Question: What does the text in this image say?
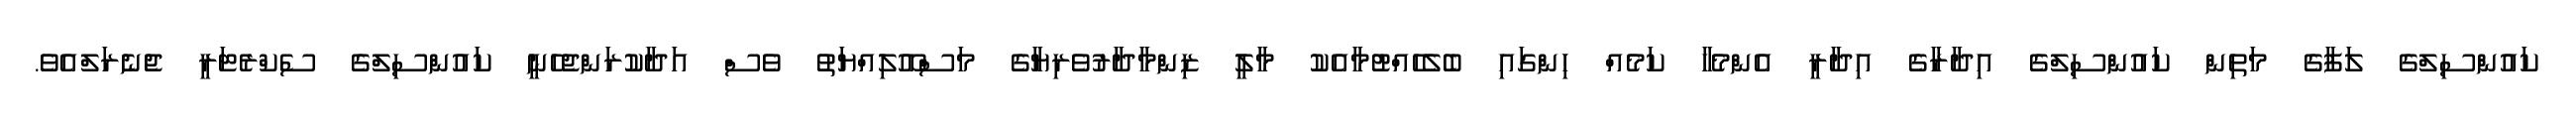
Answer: ކައުންސިލްގެ ލަފާގެ މަތިން ކައުންސިލްގެ އިދާރާގެ އިދާރީ އެންމެހާ ކަމެއް ހިންގައި ބެލެހެއްޓުމާއެކު މާލީ ޒިންމާދާރުވެރިޔާގެ މަސްއޫލިއްޔަތު ވެސް އަދާކުރަންޖެހެނީ ކައުންސިލްގެ ސެކްރެޓަރީ ޖެނެރަލްއެވެ.